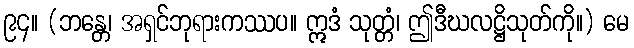
၉၄။ (ဘန္တေ၊ အရှင်ဘုရားကဿပ။ ဣဒံ သုတ္တံ၊ ဤဒီဃလဋ္ဌိသုတ်ကို။) မေ